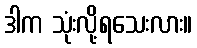
ဒါက သုံးလို့ရသေးလား။